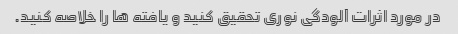
در مورد اثرات آلودگی نوری تحقیق کنید و یافته ها را خلاصه کنید.